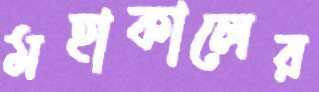
মহাকালের